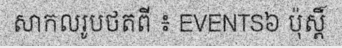
សាកលរូបថតពី ៖ EVENTS៦ ប៉ុស្តិ៍